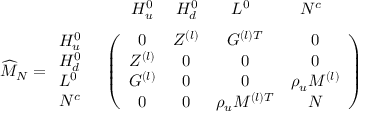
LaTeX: \begin{array} { r l } { { \vphantom { \bigg ( } } } & { { \begin{array} { c c c c c } { { \quad H _ { u } ^ { 0 } } } & { { \ H _ { d } ^ { 0 } } } & { { \quad L ^ { 0 } } } & { { \qquad N ^ { c } } } & { { } } \end{array} } } \\ { { \widehat { M } _ { N } = \begin{array} { l } { { H _ { u } ^ { 0 } } } \\ { { H _ { d } ^ { 0 } } } \\ { { L ^ { 0 } } } \\ { { N ^ { c } } } \end{array} } } & { { \left( \begin{array} { c c c c } { { 0 } } & { { Z ^ { ( l ) } } } & { { G ^ { ( l ) T } } } & { { 0 } } \\ { { Z ^ { ( l ) } } } & { { 0 } } & { { 0 } } & { { 0 } } \\ { { G ^ { ( l ) } } } & { { 0 } } & { { 0 } } & { { \rho _ { u } M ^ { ( l ) } } } \\ { { 0 } } & { { 0 } } & { { \rho _ { u } M ^ { ( l ) T } } } & { { N } } \end{array} \right) } } \end{array}